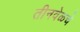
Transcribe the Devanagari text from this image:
तीनवेळचे